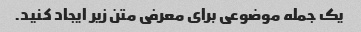
یک جمله موضوعی برای معرفی متن زیر ایجاد کنید.